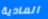
المادية